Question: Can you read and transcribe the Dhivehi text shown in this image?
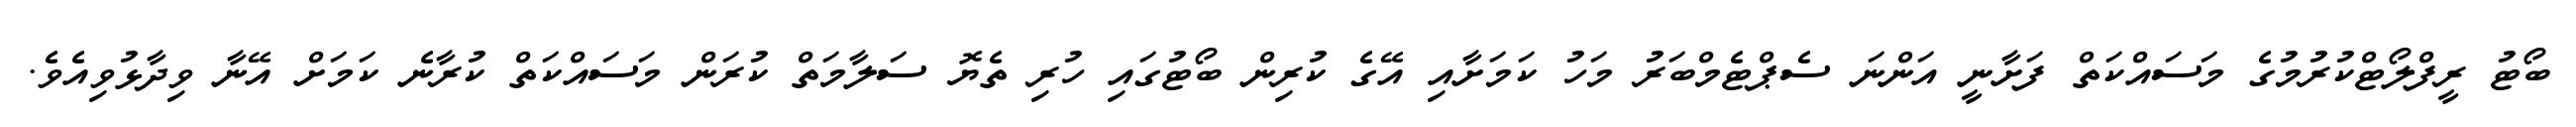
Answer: ބޯޓު ރީފްލޯޓްކުރުމުގެ މަސައްކަތް ފަށާނީ އަންނަ ސެޕްޓެމްބަރު މަހު ކަމަށާއި އޭގެ ކުރިން ބޯޓުގައި ހުރި ތެޔޮ ސަލާމަތް ކުރަން މަސައްކަތް ކުރާނެ ކަމަށް އޭނާ ވިދާޅުވިއެވެ.